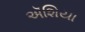
ઍશિયા